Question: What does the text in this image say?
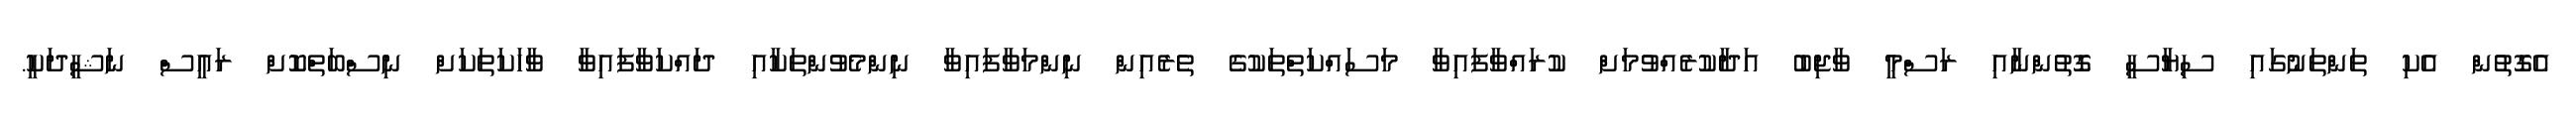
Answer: އެގޮތުން އެކި ތަންތަނުގައި ސިޔާސީ ގޮތުންނާއި ރަސްމީ ވާޖިބު އަދާކުރެއްވުމަށް ކުރައްވާފައިވާ މަސައްކަތްތަކުގެ ތެރެއިން ނިންމަވާފައިވާ ނިންމެވުންތަކާއި ދައްކަވާފައިވާ ވާހަކަތަކަށް ނިސްބަތްކޮށް ރައީސް ނަޝީދަކީ.